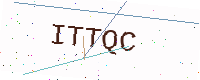
Text: ITTQC